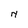
Character: N